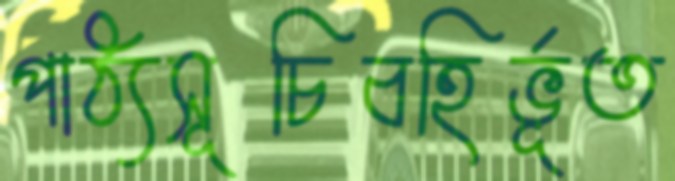
পাঠ্যসূচিবহির্ভূত